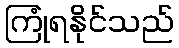
ကြုံရနိုင်သည်